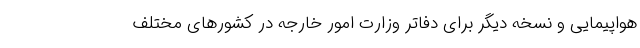
هواپیمایی و نسخه دیگر برای دفاتر وزارت امور خارجه در کشورهای مختلف